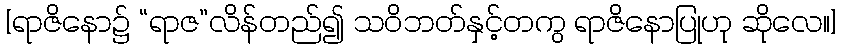
[ရာဇိနော၌ “ရာဇ”လိန်တည်၍ သဝိဘတ်နှင့်တကွ ရာဇိနောပြုဟု ဆိုလေ။]